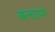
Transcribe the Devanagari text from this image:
बन्दाण